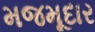
મજમૂદાર